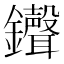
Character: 𫓠